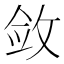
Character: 敛